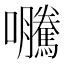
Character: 𭍂